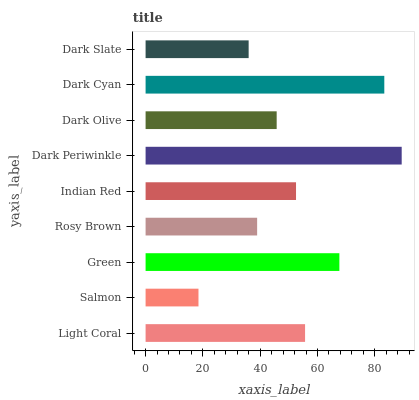
| yaxis_label | bars |
 | --- | --- |
 | Light Coral | 55.7 |
 | Salmon | 18.5 |
 | Green | 67.6 |
 | Rosy Brown | 38.9 |
 | Indian Red | 52.5 |
 | Dark Periwinkle | 89.4 |
 | Dark Olive | 45.8 |
 | Dark Cyan | 83.3 |
 | Dark Slate | 36 |